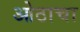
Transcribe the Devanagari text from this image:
ओठाचा